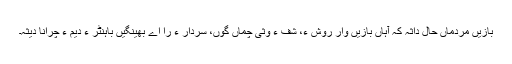
بازیں مردماں حال داثہ کہ آہاں بازیں وار روش ءَ، شف ءَ وثی چماں گوں، سردار ءَ را اے بھینگیں باہنٹر ءِ دیم ءَ چرانا دیثہ۔